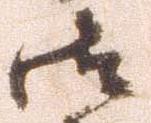
御